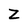
Character: Z